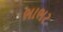
ભાભર